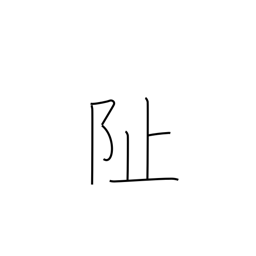
Meaning: foundation